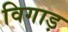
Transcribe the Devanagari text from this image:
विगाड़